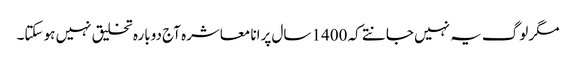
مگر لوگ یہ نہیں جانتے کہ 1400 سال پرانا معاشرہ آج دوبارہ تخلیق نہیں ہو سکتا۔